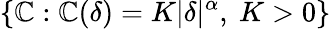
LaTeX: \{ \mathbb{C}:\mathbb{C}(\delta)=K|\delta|^{\alpha},\ K>0\}